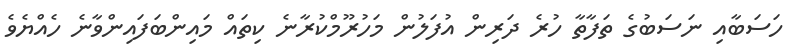
ހަސަބާއި ނަސަބުގެ ތަފާތާ ހުރެ ދަރިން އުފަލުން މަހުރޫމްކުރާނެ ކިތައް މައިންބަފައިންވާނެ ހެއްޔެވެ